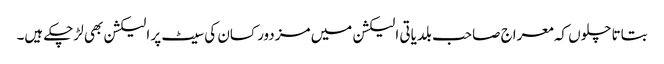
بتاتا چلوں کہ معراج صاحب بلدیاتی الیکشن میں مزدور کسان کی سیٹ پر الیکشن بھی لڑچکے ہیں۔